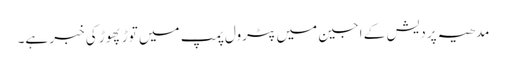
مدھیہ پردیش کے اجین میں پٹرول پمپ میں توڑ پھوڑ کی خبر ہے۔